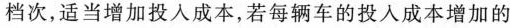
档次，适当增加投入成本，若每辆车的投入成本增加的